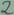
Text: 2